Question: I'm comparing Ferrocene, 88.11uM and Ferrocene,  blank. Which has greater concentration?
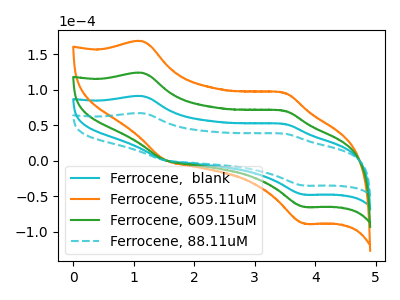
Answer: <think>The cyan curve "Ferrocene,  blank" has anodic peaks at (1.15V, 90.85uA) (3.50V, 51.65uA) and cathodic peaks at (1.50V, 0.65uA) (3.80V, -48.00uA). The orange curve "Ferrocene, 655.11uM" has anodic peaks at (1.15V, 272.50uA) (3.50V, 155.00uA) and cathodic peaks at (1.50V, 2.00uA) (3.80V, -144.05uA). The green curve "Ferrocene, 609.15uM" has anodic peaks at (1.15V, 181.65uA) (3.50V, 103.30uA) and cathodic peaks at (1.50V, 1.30uA) (3.80V, -96.05uA). The cyan dashed curve "Ferrocene, 88.11uM" has anodic peaks at (1.15V, 66.75uA) (3.50V, 37.95uA) and cathodic peaks at (1.50V, 0.50uA) (3.80V, -35.30uA).
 All the peaks in "Ferrocene, 88.11uM" have a peak in "Ferrocene,  blank" at the same potential.</think>
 <answer>I cant tell if "Ferrocene, 88.11uM" or "Ferrocene,  blank" has higher concentration.</answer>
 <eval>mixed_concentration</eval>